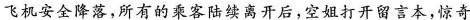
飞机安全降落，所有的乘客陆续离开后，空姐打开留言本，惊奇